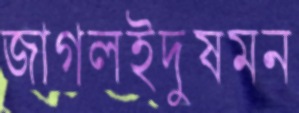
জাগলইদুষমন